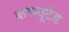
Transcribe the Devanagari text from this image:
कम्प्यूटेड